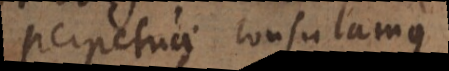
perpetuae consulamus.